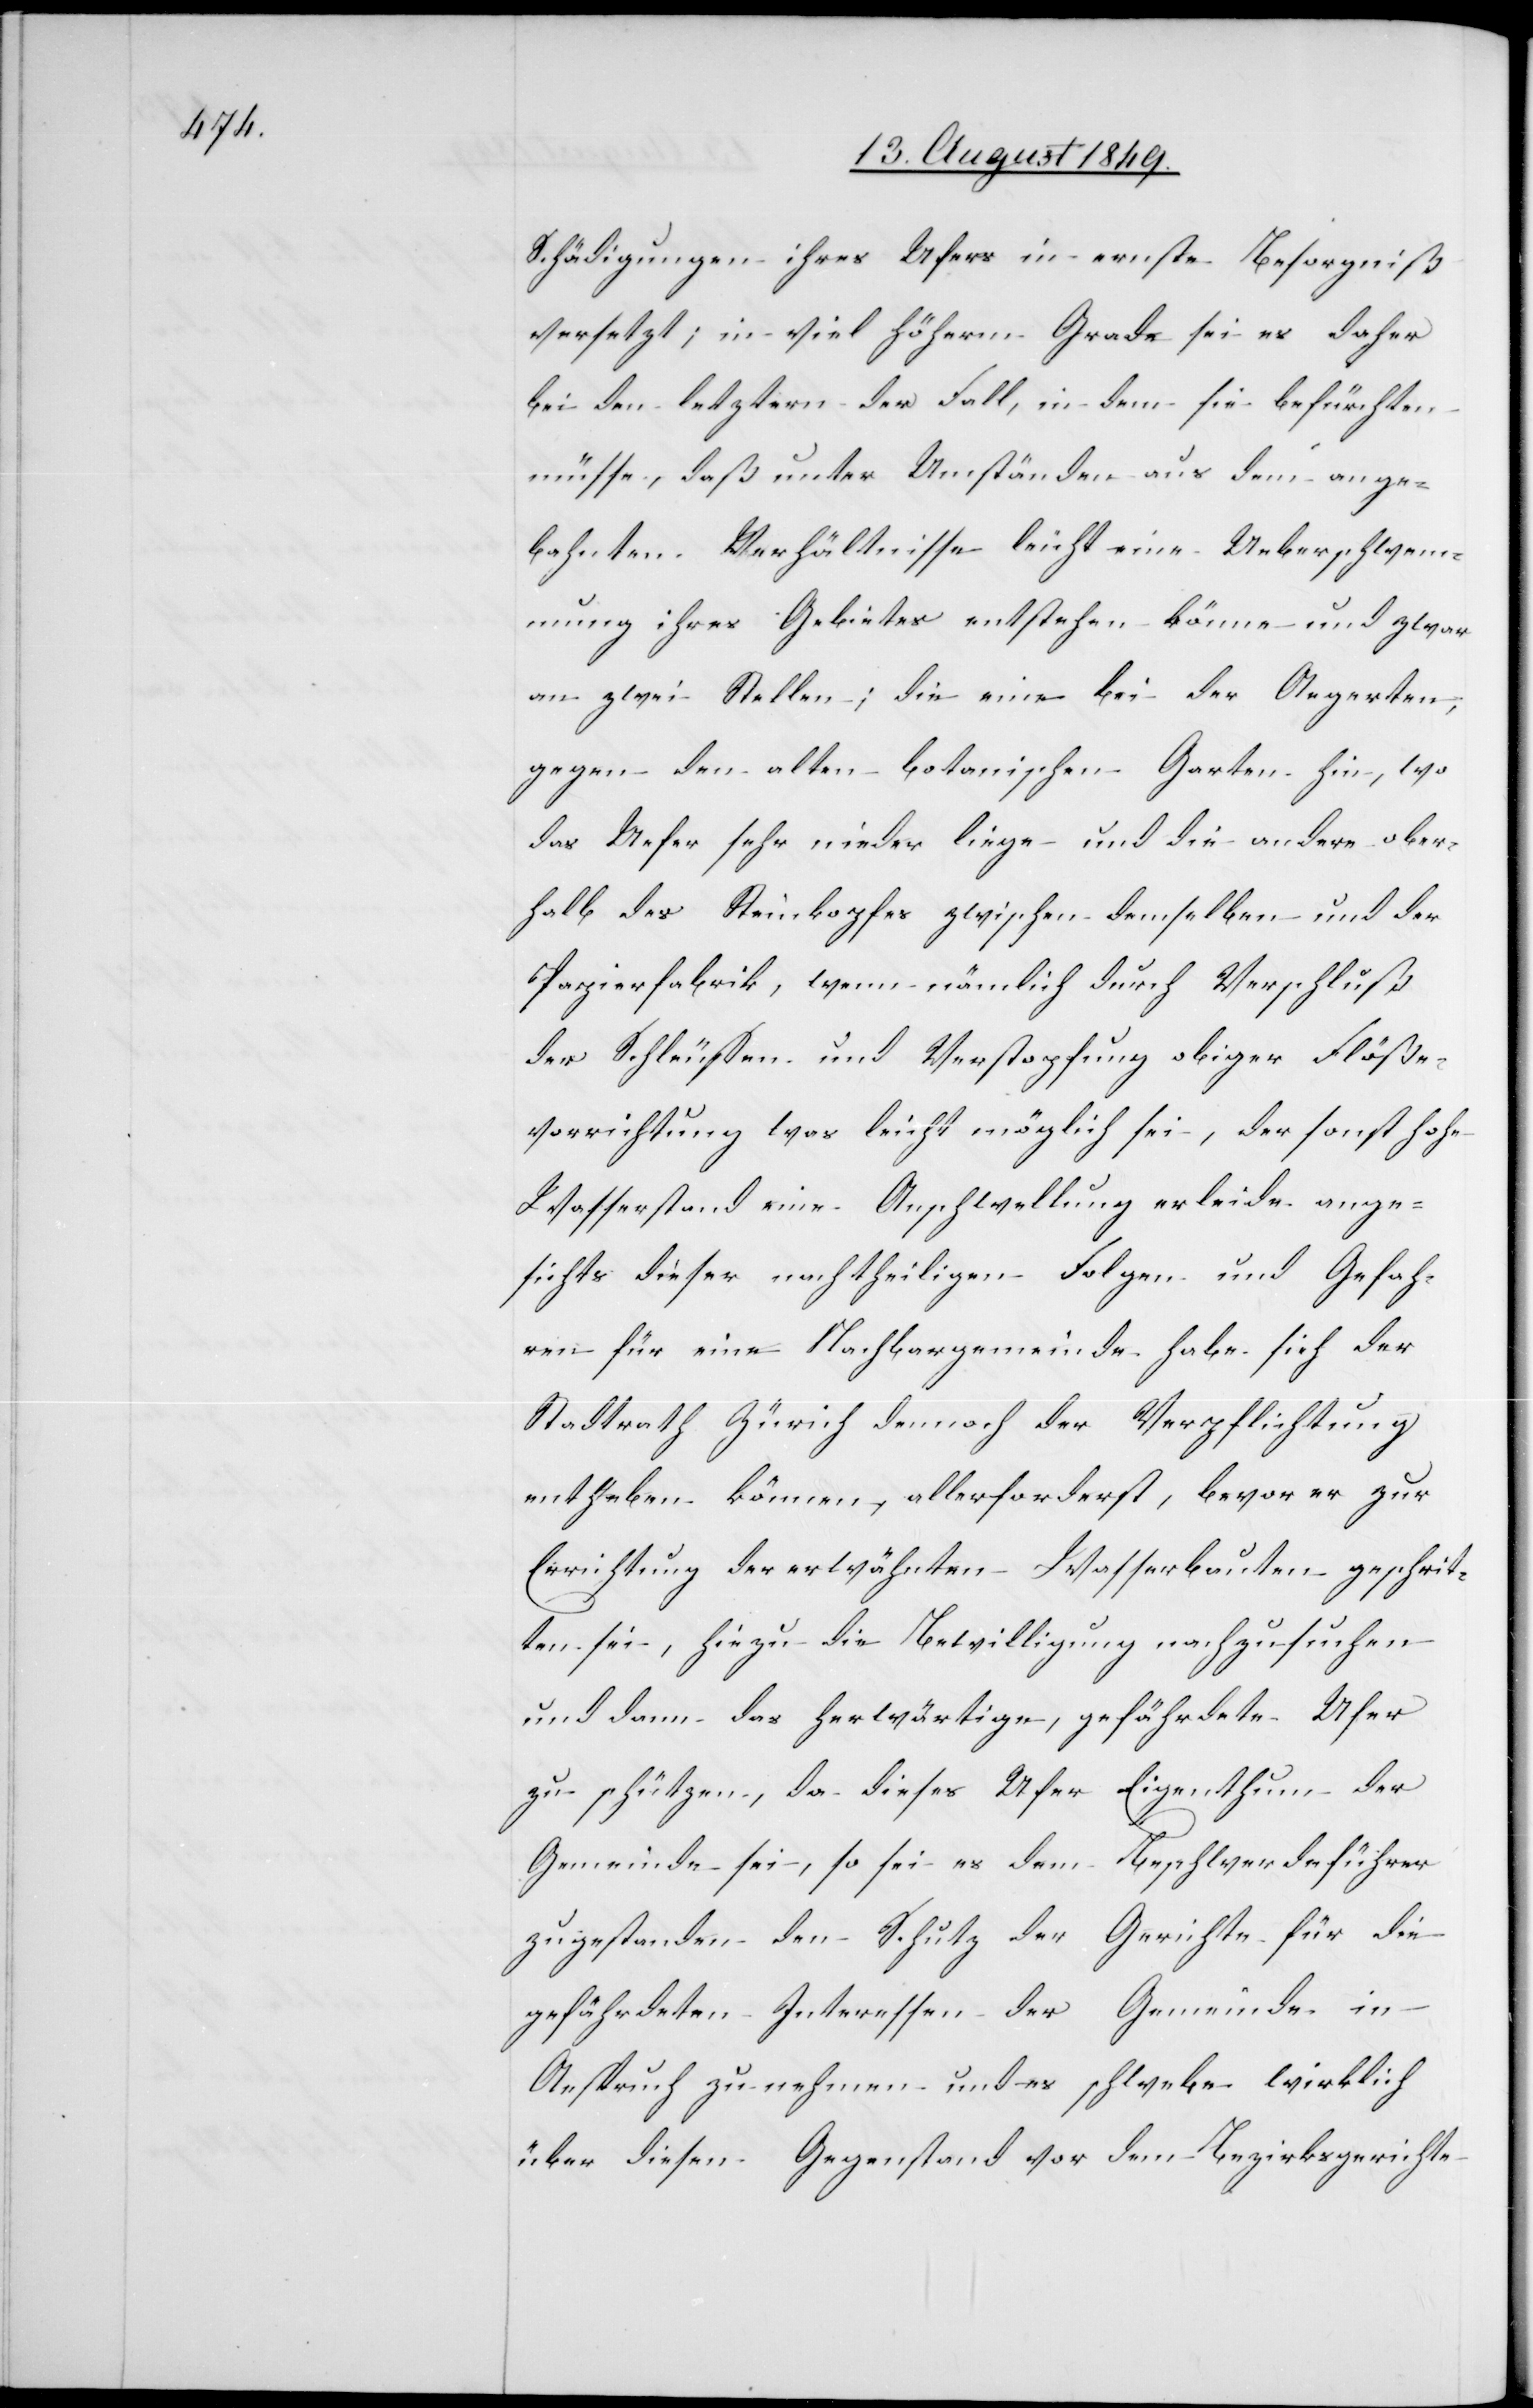
Schädigungen ihres Ufers in ernste Besorgniß
versetzt; in viel höhern Grade sei es daher
bei den letztern der Fall, in dem sie befürchten
müsse, daß unter Umständen aus dem ange¬
bahnten Verhältnisse leicht eine Ueberschwem¬
mung ihres Gebietes entstehen könne und zwar
an zwei Stellen; die eine bei der Aegerten;
gegen den alten botanischen Garten hin, wo
das Uefer [sic!] sehr nieder liege und die andere ober¬
halb des Steinkopfes zwischen demselben und der
Papierfabrik, wenn nämlich durch Verschluß
der Schleussen und Verstopfung obiger Flöß¬
vorrichtung was leicht möglich sei, der sonst hohe
Wasserstand eine Anschwellung erleide ange¬
sichts dieser nachtheiligen Folgen und Gefah¬
ren für eine Nachbargemeinde habe sich der
Stadtrath Zürich dennoch der Verpflichtung
entheben können, allerforderst, bevor er zur
Errichtung der erwähnten Wasserbauten geschrit¬
ten sei, hiezu die Bewilligung nachzusuchen
und dann das herwärtige, gefährdete Ufer
zu schützen, da dieses Ufer Eigenthum der
Gemeinde sei, so sei es dem Beschwerdeführer
zugestanden den Schutz der Gerichte für die
gefährdeten Interessen der Gemeinde in
Anspruch zu nehmen und es schwebe wirklich
über diesen Gegenstand vor dem Bezirksgerichte